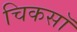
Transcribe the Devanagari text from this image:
चिकसॉ